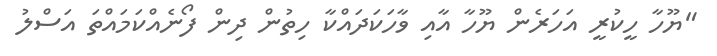
"ޔޫހާ ހީކުރީ އަހަރެން ޔޫހާ އާއި ވާހަކަދައްކާ ހިތުން ދިން ފޯނެއްކަމައްތަ އަސްލު